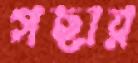
গছার